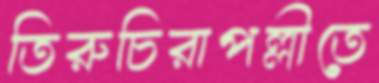
তিরুচিরাপল্লীতে